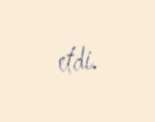
etdi.